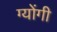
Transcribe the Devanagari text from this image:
ग्योंगी